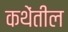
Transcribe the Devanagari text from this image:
कथेंतील